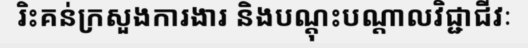
រិះគន់ក្រសួងការងារ និងបណ្តុះបណ្តាលវិជ្ជាជីវៈ